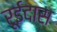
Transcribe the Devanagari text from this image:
रूईदास